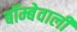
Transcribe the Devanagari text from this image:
बॉम्बेवाली